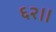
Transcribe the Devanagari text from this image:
६२।।